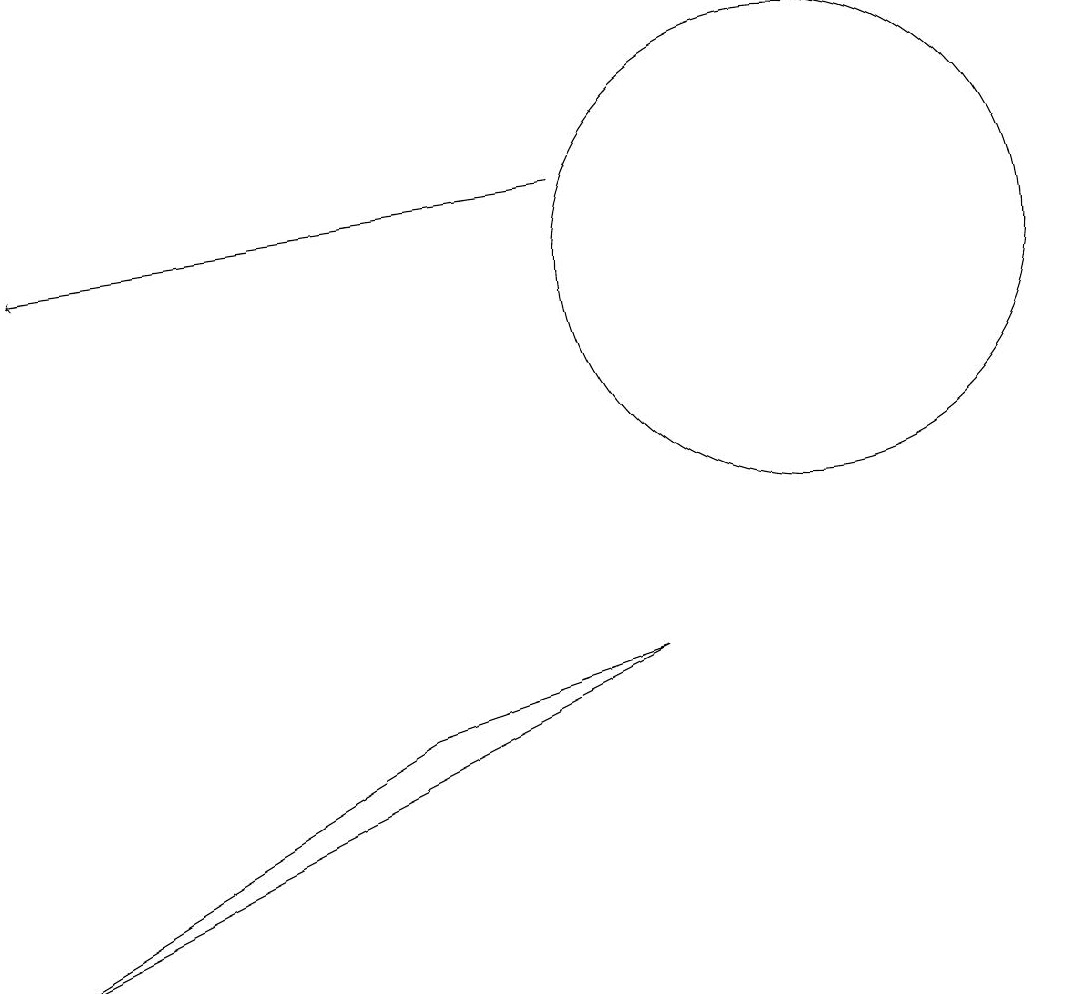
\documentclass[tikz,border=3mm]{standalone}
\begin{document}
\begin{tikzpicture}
\draw (1,1) -- (6,4) -- (9,5) -- cycle;
\draw[->] (8,11) -- (1,10);
\draw (11,10) circle (3);
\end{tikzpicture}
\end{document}